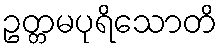
ဥတ္တမပုရိသောတိ